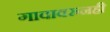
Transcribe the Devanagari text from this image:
गावावरुनही